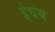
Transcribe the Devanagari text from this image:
ईचेब